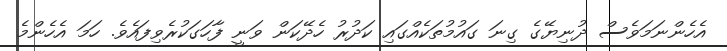
އެހެންނަމަވެސް ދުނިޔޭގެ ގިނަ ގައުމުތަކެއްގައި ކަދުރު ހެދޭކަން ވަނީ ފާހަގަކުރެވިފައެވެ. ހަމަ އެހެންމެ